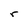
Character: r